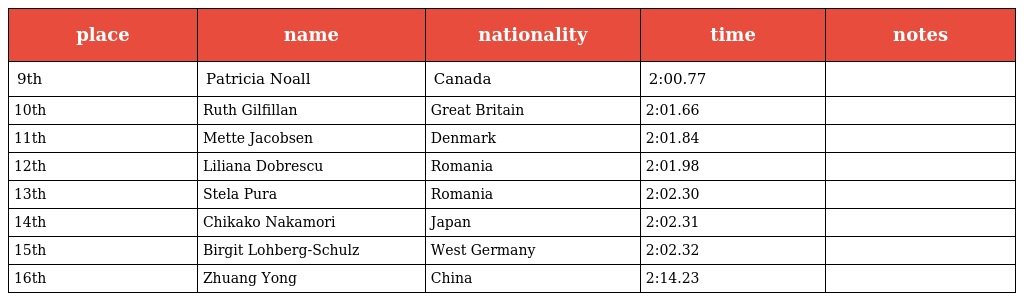
| place | name | nationality | time | notes |
 | --- | --- | --- | --- | --- |
 | 9th | Patricia Noall | Canada | 2:00.77 |  |
 | 10th | Ruth Gilfillan | Great Britain | 2:01.66 |  |
 | 11th | Mette Jacobsen | Denmark | 2:01.84 |  |
 | 12th | Liliana Dobrescu | Romania | 2:01.98 |  |
 | 13th | Stela Pura | Romania | 2:02.30 |  |
 | 14th | Chikako Nakamori | Japan | 2:02.31 |  |
 | 15th | Birgit Lohberg-Schulz | West Germany | 2:02.32 |  |
 | 16th | Zhuang Yong | China | 2:14.23 |  |